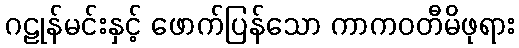
ဂဠုန်မင်းနှင့် ဖောက်ပြန်သော ကာကဝတီမိဖုရား